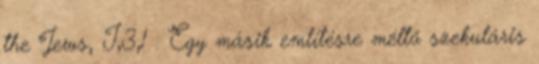
the Jews, I,3,1 . Egy másik említésre méltó szekuláris